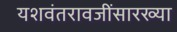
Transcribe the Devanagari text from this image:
यशवंतरावजींसारख्या